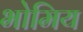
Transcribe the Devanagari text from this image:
भोमिय